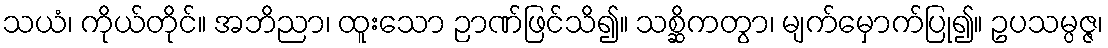
သယံ၊ ကိုယ်တိုင်။ အဘိညာ၊ ထူးသော ဉာဏ်ဖြင်သိ၍။ သစ္ဆိကတွာ၊ မျက်မှောက်ပြု၍။ ဥပသမ္ပဇ္ဇ၊